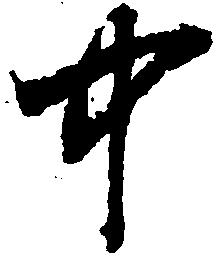
中